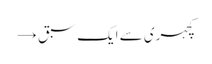
کچہری سے ایک سبق →